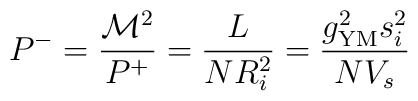
P^- = \frac{\mathcal{M}^2}{P^+} = \frac{L}{N R^2_i} = \frac{g_{\rm YM}^2 s^2_i}{N V_s}